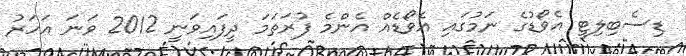
ޑިސެބިލިޓީ އެވޯޑުގެ ނަމުގައި އެވޯޑެއް އެންމެ ފުރަތަމަ ދީފައިވަނީ 2012 ވަނަ އަހަރު